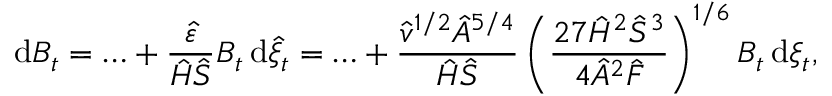
\, \mathrm { d } B _ { t } = \ldots + \frac { \hat { \varepsilon } } { \hat { H } \hat { S } } B _ { t } \, \mathrm { d } \hat { \xi } _ { t } = \ldots + \frac { \hat { v } ^ { 1 / 2 } \hat { A } ^ { 5 / 4 } } { \hat { H } \hat { S } } \left( { \frac { 2 7 \hat { H } ^ { 2 } \hat { S } ^ { 3 } } { 4 \hat { A } ^ { 2 } \hat { F } } } \right) ^ { 1 / 6 } B _ { t } \, \mathrm { d } \xi _ { t } ,